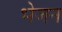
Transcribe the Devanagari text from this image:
भेजन